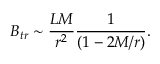
B _ { t r } \sim \frac { L M } { r ^ { 2 } } \frac { 1 } { ( 1 - 2 M / r ) } .